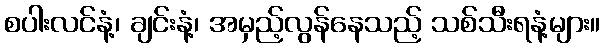
စပါးလင်နံ့၊ ချင်းနံ့၊ အမှည့်လွန်နေသည့် သစ်သီးရနံ့များ။